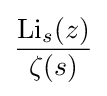
{\frac {\operatorname {Li} _{s}(z)}{\zeta (s)}}